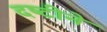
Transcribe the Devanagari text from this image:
दष्‍टीने